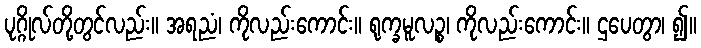
ပုဂ္ဂိုလ်တို့တွင်လည်း။ အရညံ၊ ကိုလည်းကောင်း။ ရုက္ခမူလဉ္စ၊ ကိုလည်းကောင်း။ ဌပေတွာ၊ ၍။